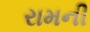
રામની